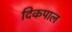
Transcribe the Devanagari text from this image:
दिकपाल